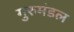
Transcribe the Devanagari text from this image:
गुरुमंडल